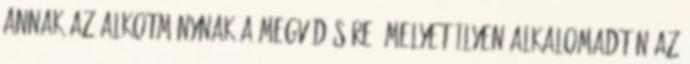
annak az alkotmánynak a megvédésére, melyet ilyen ALKALOMADTÁN az